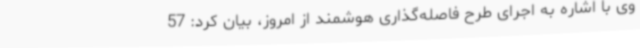
وی با اشاره به اجرای طرح فاصله‌گذاری هوشمند از امروز، بیان کرد: 57